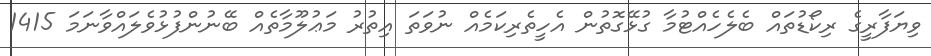
ވިޔަފާރީގެ ރިކޯޑުތައް ބެލެހެއްޓުމާ ގުޅޭގޮތުން އެހީތެރިކަމެއް ނުވަތަ އިތުރު މަޢުލޫމާތެއް ބޭނުންފުޅުވެލައްވާނަމަ 1415